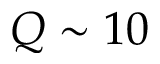
Q \sim 1 0